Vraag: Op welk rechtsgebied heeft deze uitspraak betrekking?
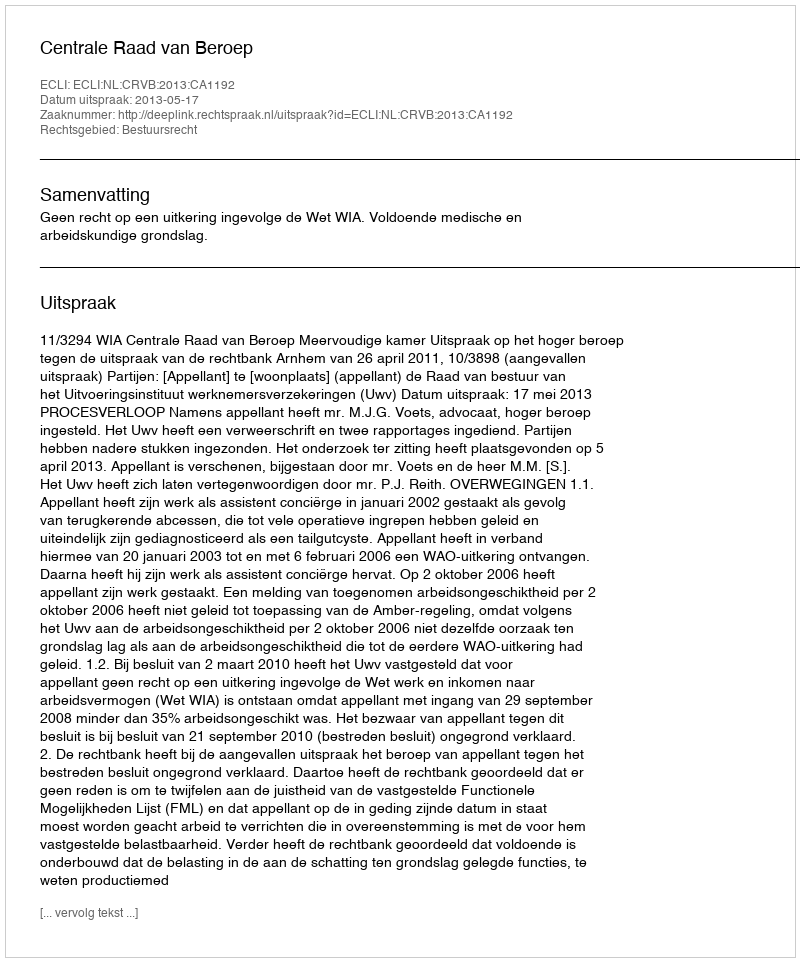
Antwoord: Bestuursrecht